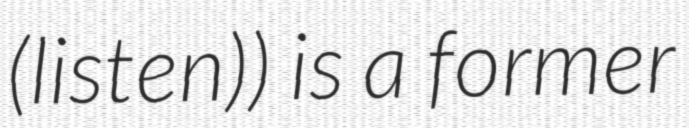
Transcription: (listen)) is a former